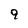
Character: 9